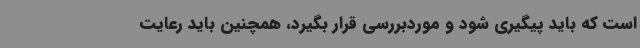
است که باید پیگیری شود و موردبررسی قرار بگیرد، همچنین باید رعایت